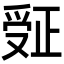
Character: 𬋮